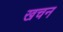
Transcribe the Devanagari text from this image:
खचन